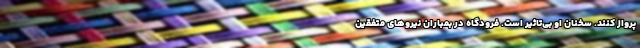
پرواز کنند. سخنان او بی‌تاثیر است. فرودگاه در بمباران نیروهای متفقین